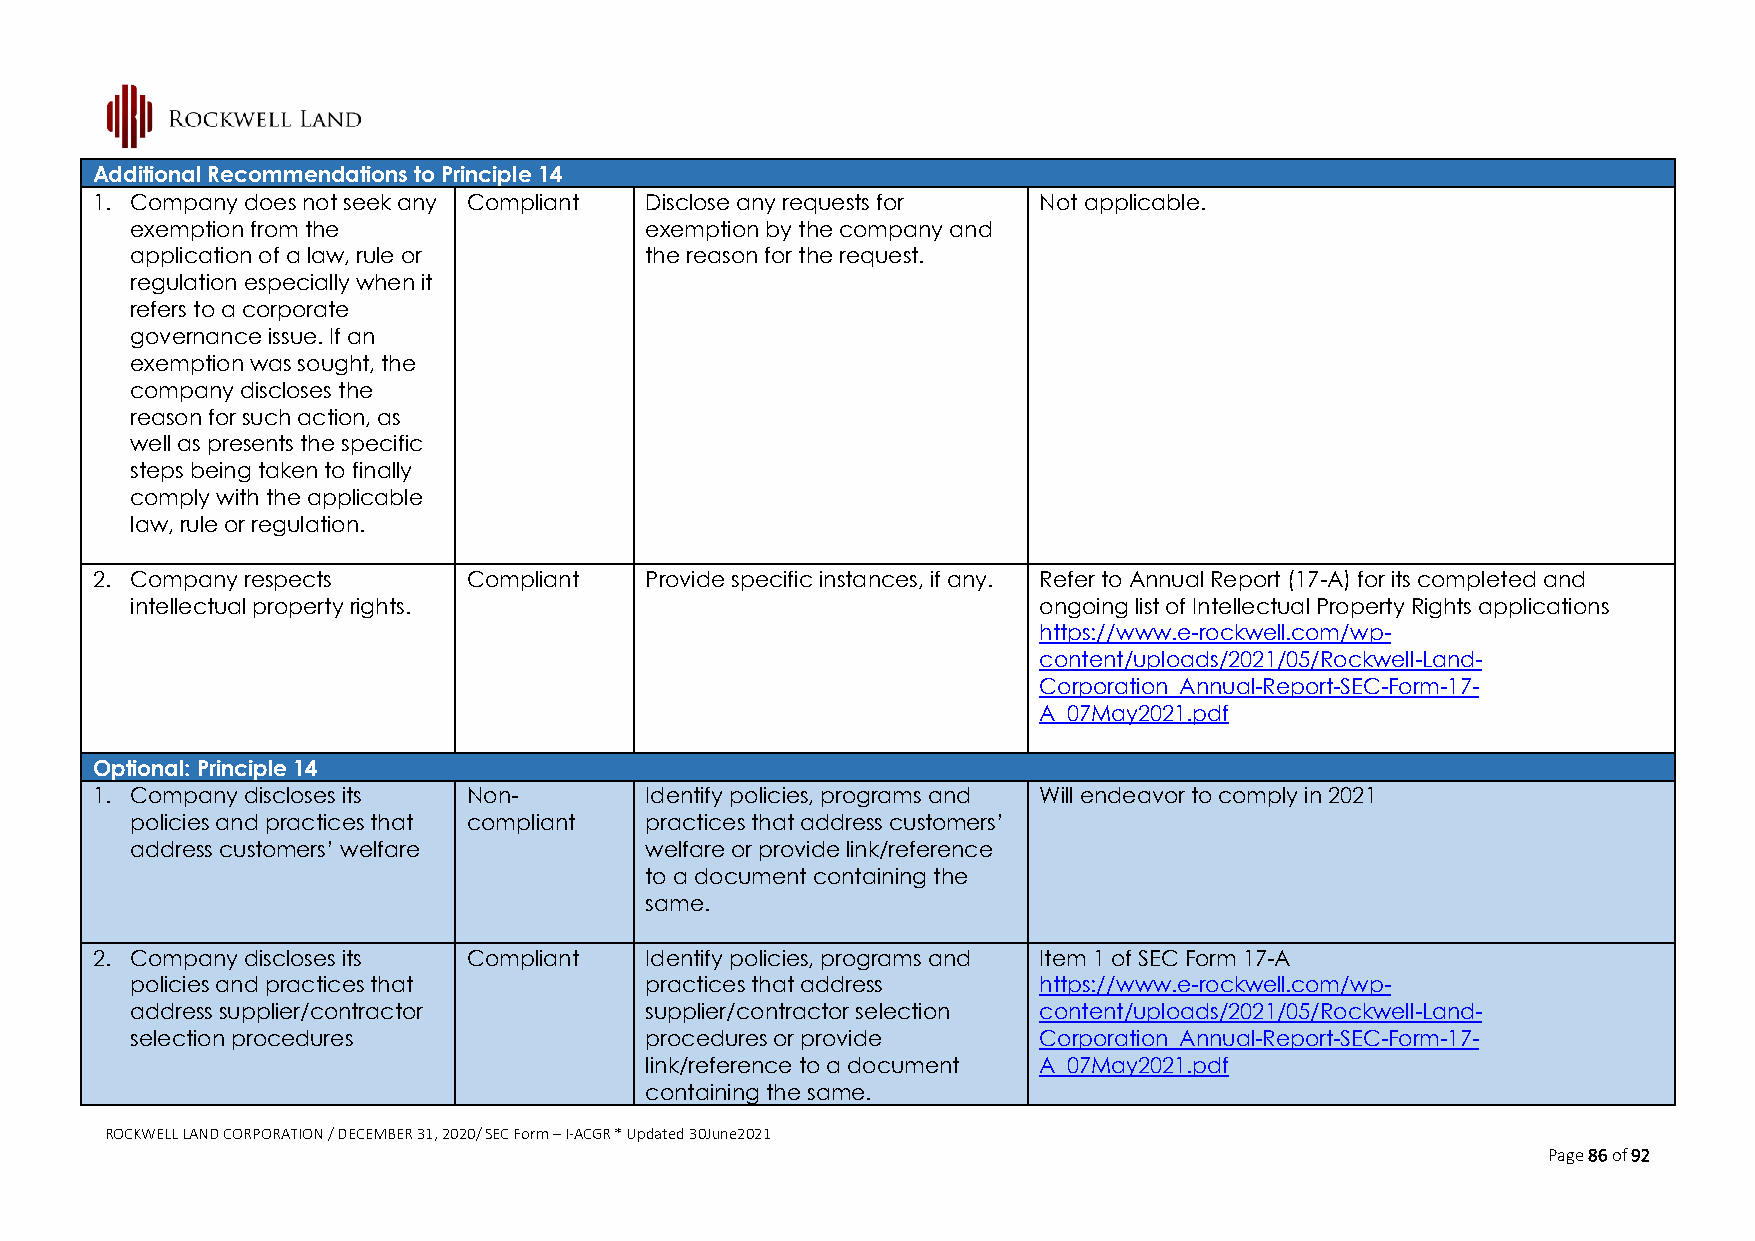
Additional Recommendations to Principle 14
 1. Company does not seek any Compliant Disclose any requests for Not applicable.
 exemption from the                exemption by the company and
 application of a law, rule or     the reason for the request.
 regulation especially when it
 refers to a corporate
 governance issue. If an
 exemption was sought, the
 company discloses the
 reason for such action, as
 well as presents the specific
 steps being taken to finally
 comply with the applicable
 law, rule or regulation.
 2. Company respects      Compliant   Provide specific instances, if any. Refer to Annual Report (17-A) for its completed and
 intellectual property rights.                               ongoing list of Intellectual Property Rights applications
 https://www.e-rockwell.com/wp-
 content/uploads/2021/05/Rockwell-Land-
 Corporation_Annual-Report-SEC-Form-17-
 A_07May2021.pdf
 Optional: Principle 14
 1. Company discloses its Non-        Identify policies, programs and Will endeavor to comply in 2021
 policies and practices that compliant practices that address customers’
 address customers’ welfare        welfare or provide link/reference
 to a document containing the
 same.
 2. Company discloses its Compliant   Identify policies, programs and Item 1 of SEC Form 17-A
 policies and practices that       practices that address    https://www.e-rockwell.com/wp-
 address supplier/contractor       supplier/contractor selection content/uploads/2021/05/Rockwell-Land-
 selection procedures              procedures or provide     Corporation_Annual-Report-SEC-Form-17-
 link/reference to a document A_07May2021.pdf
 containing the same.
 ROCKWELL LAND CORPORATION / DECEMBER 31, 2020/ SEC Form – I-ACGR * Updated 30June2021
 Page 86 of 92